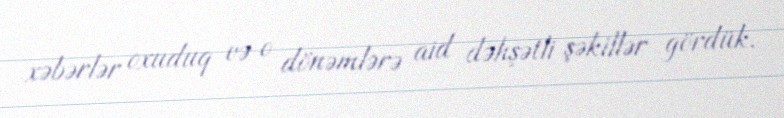
xəbərlər oxuduq və o dönəmlərə aid dəhşətli şəkillər gördük.